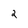
Character: 2